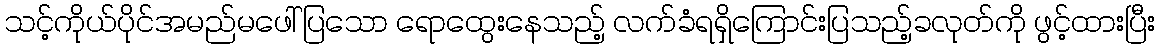
သင့်ကိုယ်ပိုင်အမည်မဖေါ်ပြသော ရောထွေးနေသည့် လက်ခံရရှိကြောင်းပြသည့်ခလုတ်ကို ဖွင့်ထားပြီး